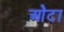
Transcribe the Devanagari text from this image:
ओेटा